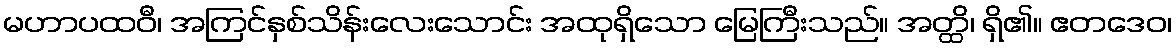
မဟာပထဝီ၊ အကြင်နှစ်သိန်းလေးသောင်း အထုရှိသော မြေကြီးသည်။ အတ္ထိ၊ ရှိ၏။ ဧတဒေဝ၊